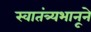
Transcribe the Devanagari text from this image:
स्वातंत्र्यभानूने